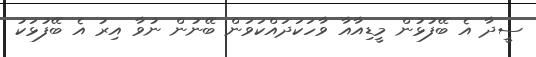
ސީދާ އެ ބޭފުޅުން މީޑިއާއާ ވާހަކަދައްކަވަން ބޭނުން ނުވާ އިރު އެ ބޭފުޅަކު